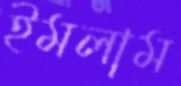
ইমলাম